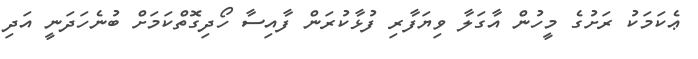
ޢެކަމަކު ރަށުގެ މީހުން އާގަލާ ވިޔަފާރި ފުޅާކުރަން ފާއިސާ ހޯދިގޮތްކަމަށް ބުނެހަދަނީ އަދި